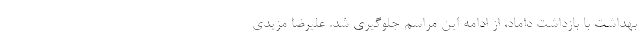
بهداشت با بازداشت داماد، از ادامه این مراسم جلوگیری شد. علیرضا مزیدی